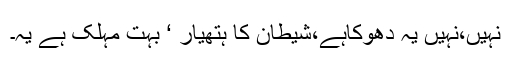
نہیں،نہیں یہ دھوکاہے،شیطان کا ہتھیار ‘ بہت مہلک ہے یہ۔